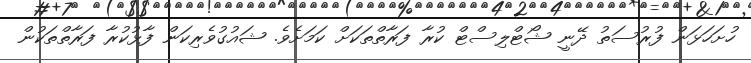
ހުށަހަޅަން ފުރުސަތު ދޭނީ ޝޯޓްލިސްޓް ކުރާ ފަރާތްތަކަށް ކަމަށެވެ. ޝައުގުވެރިކަން ފާޅުކުރާ ފަރާތްތަކުން